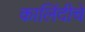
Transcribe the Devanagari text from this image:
कालिंदीचे